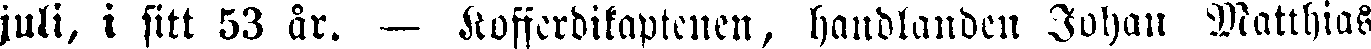
juli, i sitt 53 år. — Kofferdikaptenen, handlanden Johan Matthias